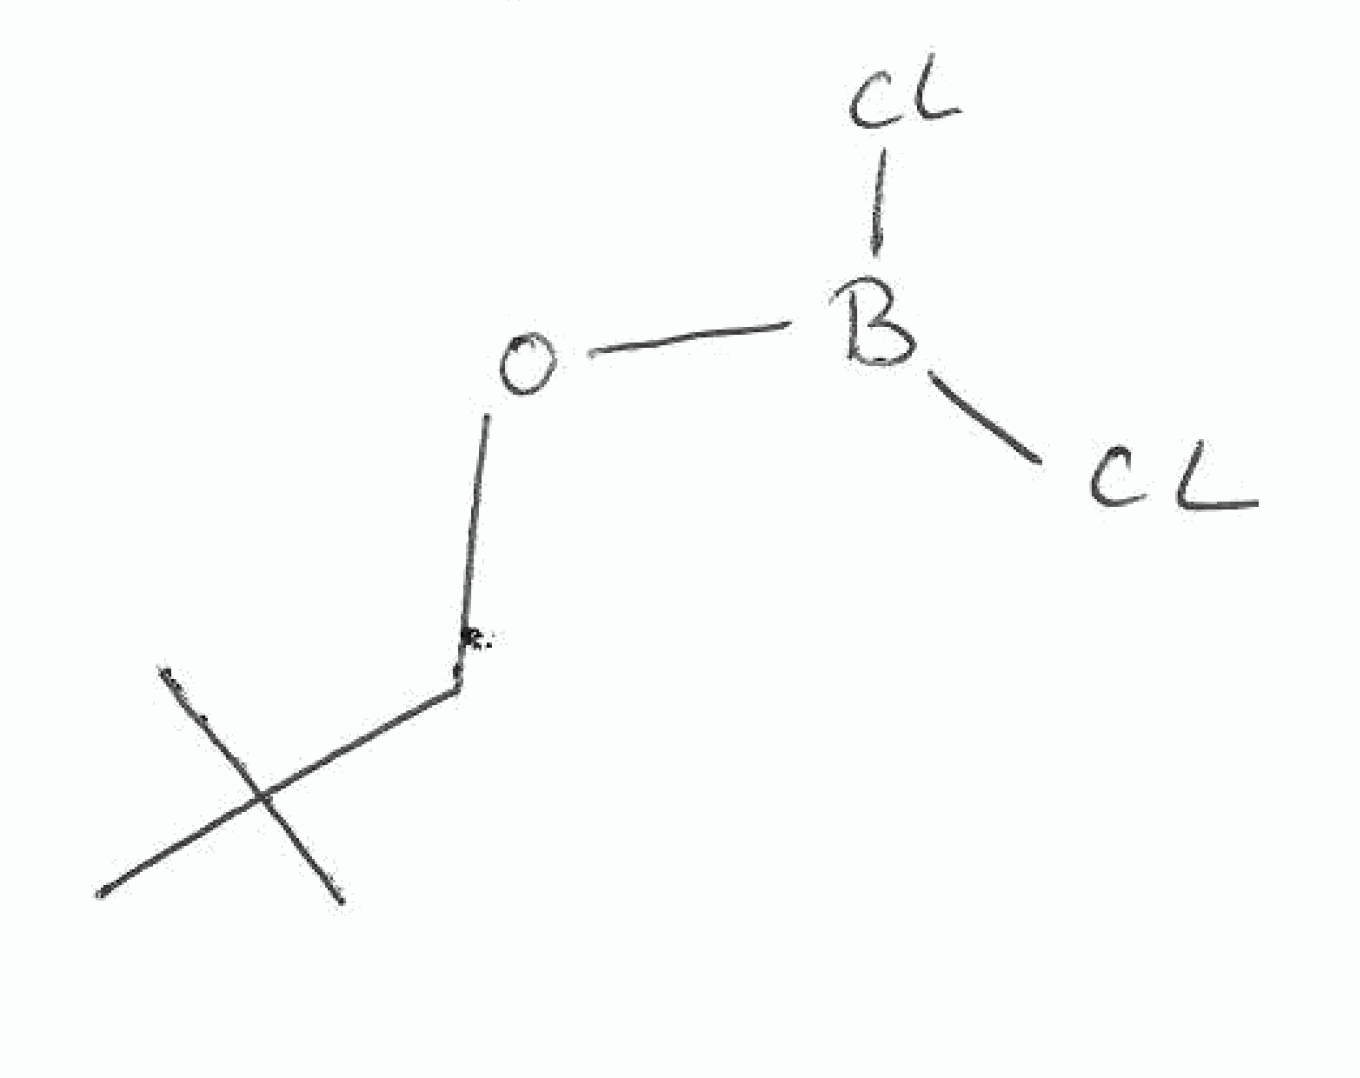
Simplified molecular-input line-entry system (SMILES) notation of the given molecule:
B(OCC(C)(C)C)(Cl)Cl